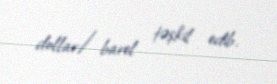
dollar/barel təşkil edib.